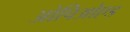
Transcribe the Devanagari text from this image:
ओपिओएड